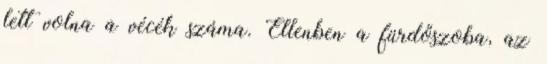
lett volna a vécék száma. Ellenben a fürdőszoba, az